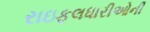
રાઇફલધારીઓની